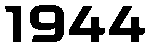
1944